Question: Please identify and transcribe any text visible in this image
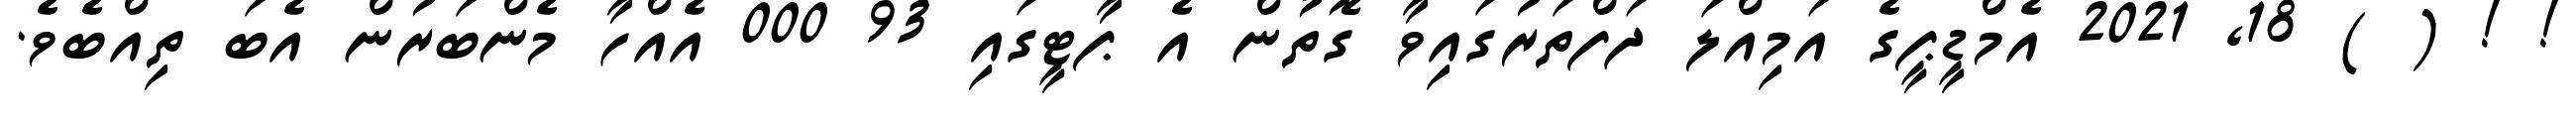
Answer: ! ! ( ) 18, 2021 އެމްޑީޕީގެ އަމިއްލަ ދަފްތަރުގައިވާ ގޮތުން އެ ޕާޓީގައި 93 000 އެއްހާ މެންބަރުން އެބަ ތިއްބެވެ.